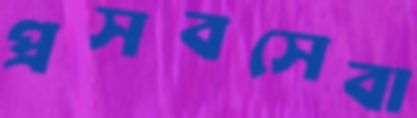
প্রসবসেবা